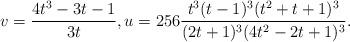
LaTeX: \begin{align*}v = \frac{4t^3 - 3t - 1}{3t}, u = 256\frac{t^3(t-1)^3(t^2+t+1)^3}{(2t+1)^3(4t^2-2t+1)^3}.\end{align*}